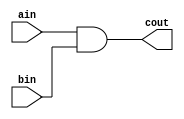
module top (ain, bin, cout);
input ain, bin;
output cout;

assign cout = ain & bin;

endmodule